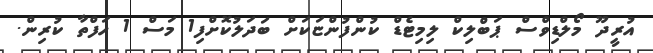
އުރީދޫ މޯލްޑިވްސް ޕަބްލިކް ލިމިޓެޑް ކުންފުންޏަކަށް ބަދަލުކޮށްފި1 މަސް 1 ހަފްތާ ކުރިން.